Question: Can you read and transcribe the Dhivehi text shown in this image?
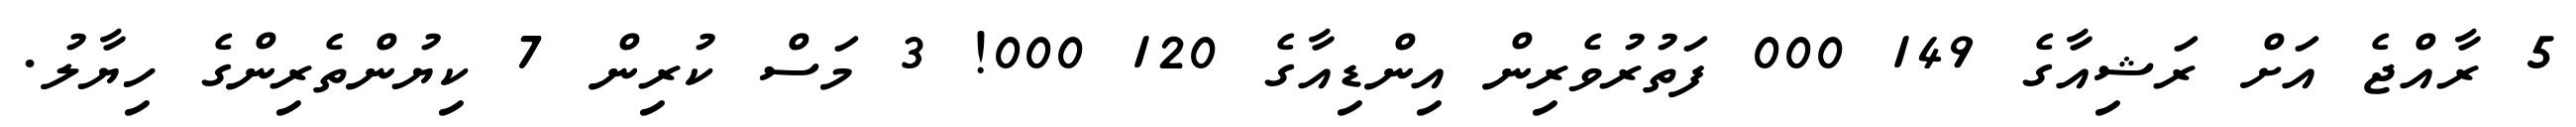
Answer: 5 ރާއްޖެ އަށް ރަޝިއާގެ 149 000 ފަތުރުވެރިން އިންޑިއާގެ 120 000! 3 މަސް ކުރިން 7 ކިޔުންތެރިންގެ ހިޔާލު.